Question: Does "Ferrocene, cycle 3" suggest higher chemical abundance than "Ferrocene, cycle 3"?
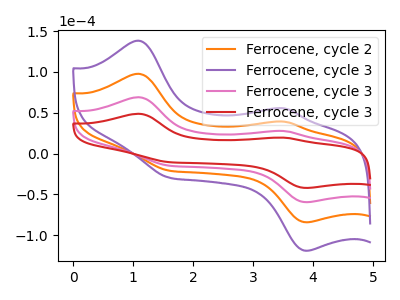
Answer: <think>The orange curve "Ferrocene, cycle 2" has anodic peaks at (1.10V, 138.20uA) (3.50V, 55.35uA) and cathodic peaks at (3.90V, -118.75uA) (1.60V, -29.50uA). The purple curve "Ferrocene, cycle 3" has anodic peaks at (1.10V, 207.25uA) (3.50V, 83.00uA) and cathodic peaks at (3.90V, -178.10uA) (1.60V, -44.25uA). The pink curve "Ferrocene, cycle 3" has anodic peaks at (1.10V, 69.10uA) (3.50V, 27.65uA) and cathodic peaks at (3.90V, -59.35uA) (1.60V, -14.75uA). The red curve "Ferrocene, cycle 3" has anodic peaks at (1.10V, 48.85uA) (3.50V, 19.55uA) and cathodic peaks at (3.90V, -41.95uA) (1.60V, -10.45uA).
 All the peaks in "Ferrocene, cycle 3" have a peak in "Ferrocene, cycle 3" at the same potential. Every peak in "Ferrocene, cycle 3" is lower than every peak in "Ferrocene, cycle 3".</think>
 <answer>"Ferrocene, cycle 3" has less signal than "Ferrocene, cycle 3".</answer>
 <eval>less_signal</eval>